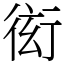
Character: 衒